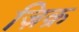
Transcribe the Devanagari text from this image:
ज़िक्र